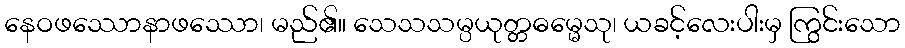
နေဝဖဿောနာဖဿော၊ မည်၏။ သေသသမ္ပယုတ္တဓမ္မေသု၊ ယခင့်လေးပါးမှ ကြွင်းသော